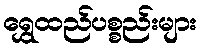
ရွှေထည်ပစ္စည်းများ